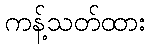
ကန့်သတ်ထား